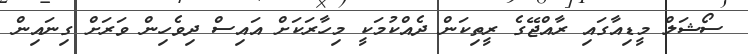
ސޯޝަލް މީޑިއާގައި ރާއްޖޭގެ ރީތިކަން ދެއްކުމަކީ މިހާރަކަށް އައިސް ދިވެހިން ވަރަށް ގިނައިން